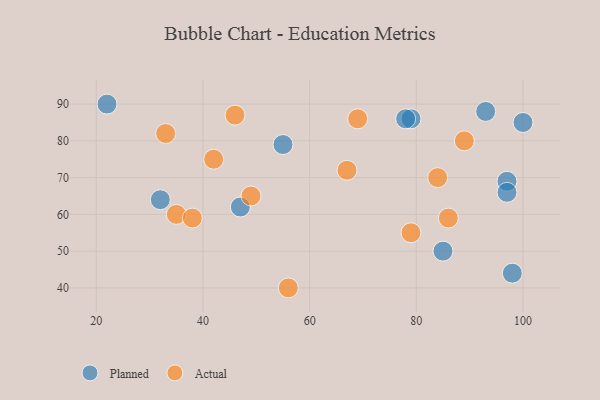
{"axis": {"x": "GDP", "y": "Life Expectancy"}, "legend": ["Actual", "Planned"], "data": [{"x": "32", "y": 64, "type": "Planned"}, {"x": "98", "y": 44, "type": "Planned"}, {"x": "55", "y": 79, "type": "Planned"}, {"x": "79", "y": 86, "type": "Planned"}, {"x": "85", "y": 50, "type": "Planned"}, {"x": "22", "y": 90, "type": "Planned"}, {"x": "97", "y": 69, "type": "Planned"}, {"x": "100", "y": 85, "type": "Planned"}, {"x": "97", "y": 66, "type": "Planned"}, {"x": "47", "y": 62, "type": "Planned"}, {"x": "78", "y": 86, "type": "Planned"}, {"x": "93", "y": 88, "type": "Planned"}, {"x": "42", "y": 75, "type": "Actual"}, {"x": "89", "y": 80, "type": "Actual"}, {"x": "33", "y": 82, "type": "Actual"}, {"x": "35", "y": 60, "type": "Actual"}, {"x": "79", "y": 55, "type": "Actual"}, {"x": "69", "y": 86, "type": "Actual"}, {"x": "46", "y": 87, "type": "Actual"}, {"x": "67", "y": 72, "type": "Actual"}, {"x": "86", "y": 59, "type": "Actual"}, {"x": "56", "y": 40, "type": "Actual"}, {"x": "38", "y": 59, "type": "Actual"}, {"x": "49", "y": 65, "type": "Actual"}, {"x": "84", "y": 70, "type": "Actual"}]}